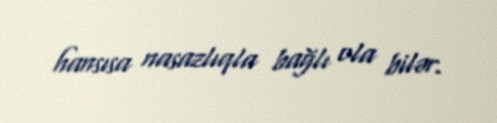
hansısa nasazlıqla bağlı ola bilər.